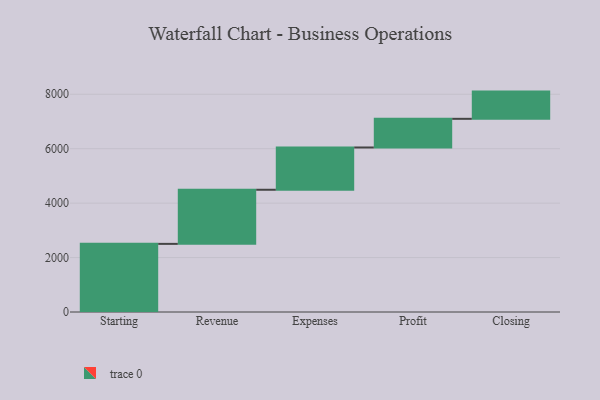
{"axis": {"x": "Step", "y": "Value"}, "legend": [""], "data": [{"x": "Starting", "y": 2503.0, "type": ""}, {"x": "Revenue", "y": 1988.0, "type": ""}, {"x": "Expenses", "y": 1553.0, "type": ""}, {"x": "Profit", "y": 1053.0, "type": ""}, {"x": "Closing", "y": 1000, "type": ""}]}